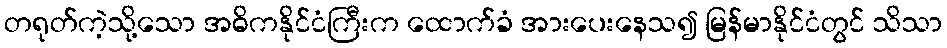
တရုတ်ကဲ့သို့သော အဓိကနိုင်ငံကြီးက ထောက်ခံ အားပေးနေသ၍ မြန်မာနိုင်ငံတွင် သိသာ